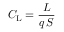
C _ { \mathrm { L } } = { \frac { L } { q \, S } }